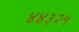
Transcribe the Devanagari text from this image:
४४३२५